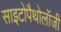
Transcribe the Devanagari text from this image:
साइटोपैथोलॉजी